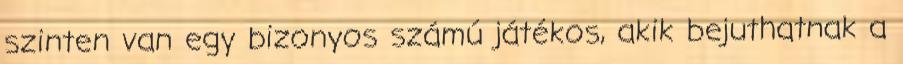
szinten van egy bizonyos számú játékos, akik bejuthatnak a